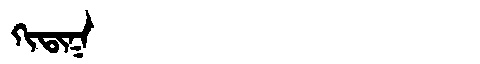
Manchu: ᡴᡳᡨᡳᡴ
Romanization: KITIK